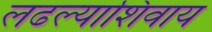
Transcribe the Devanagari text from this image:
लढल्याशिवाय